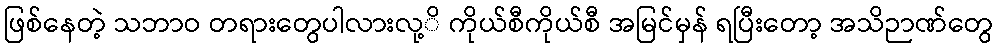
ဖြစ်နေတဲ့ သဘာဝ တရားတွေပါလားလု့ိ ကိုယ်စီကိုယ်စီ အမြင်မှန် ရပြီးတော့ အသိဉာဏ်တွေ